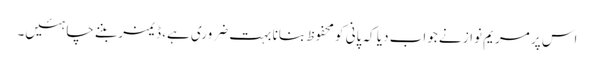
اس پر مریم نواز نے جواب دیا کہ پانی کو محفوظ بنانا بہت ضروری ہے، ڈیمز بننے چاہئیں۔